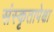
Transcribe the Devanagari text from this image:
संस्कृतापेक्षा